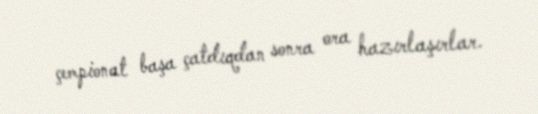
çempionat başa çatdıqdan sonra ora hazırlaşırlar.